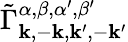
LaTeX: \tilde{\Gamma}_{\mathbf{k},-\mathbf{k},\mathbf{k}^{\prime},-\mathbf{k}^{\prime}}^{\alpha,\beta,\alpha^{\prime},\beta^{\prime}}